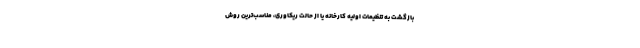
بازگشت به تنظیمات اولیه کارخانه یا از حالت ریکاوری، مناسب‌ترین روش